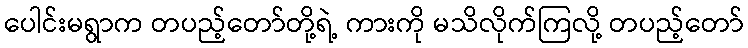
ပေါင်းမရွာက တပည့်တော်တို့ရဲ့ ကားကို မသိလိုက်ကြလို့ တပည့်တော်